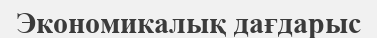
Экономикалық дағдарыс